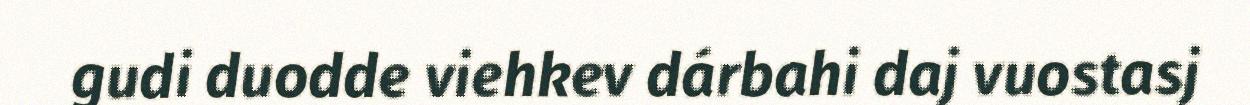
gudi duodde viehkev dárbahi daj vuostasj